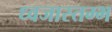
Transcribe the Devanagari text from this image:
ध्वजास्तम्भ